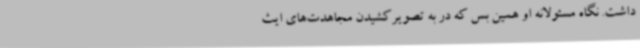
داشت. نگاه مسئولانه او همین بس که در به تصویرکشیدن مجاهدت‌های ایث